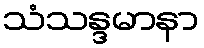
သံသန္ဒမာနာ